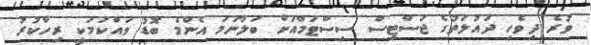
ވުރެ ދިވެހި ދައުލަތުގެ ޖަސްޓިސް ސިސްޓަމްއަށް ބަލާނަމަ އެންމެ ބޮޑު ވައްކަމަކީ ރިހާކުރު